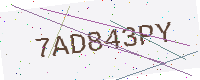
Text: 7AD843PY